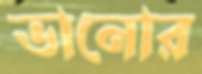
ভানোর